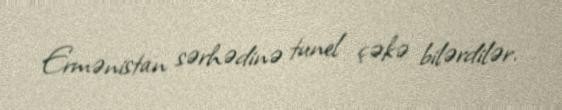
Ermənistan sərhədinə tunel çəkə bilərdilər.